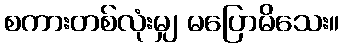
စကားတစ်လုံးမျှ မပြောမိသေး။